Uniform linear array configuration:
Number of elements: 8
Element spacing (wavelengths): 0.75
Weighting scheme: binomial
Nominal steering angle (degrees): -30
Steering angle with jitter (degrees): -30.497
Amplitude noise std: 0.05
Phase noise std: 0.05

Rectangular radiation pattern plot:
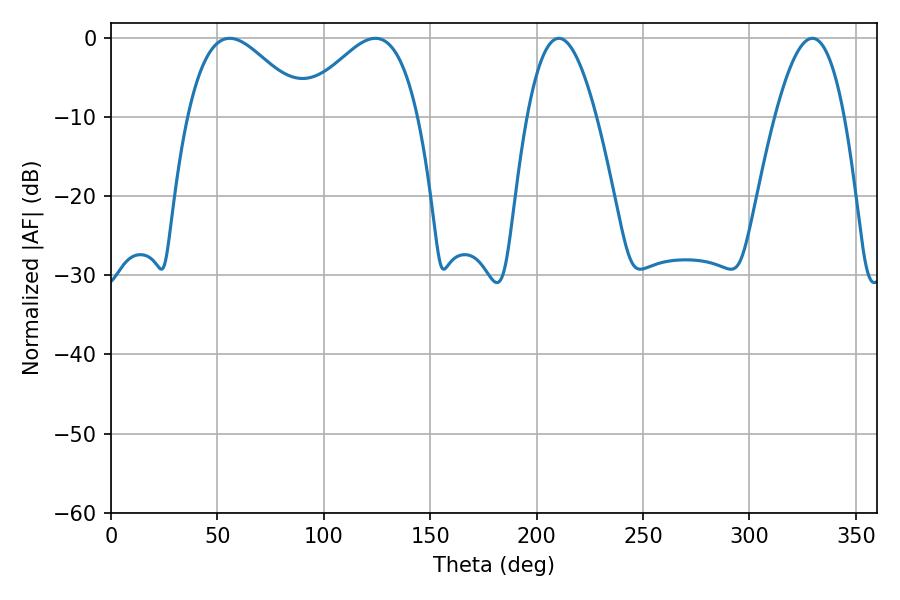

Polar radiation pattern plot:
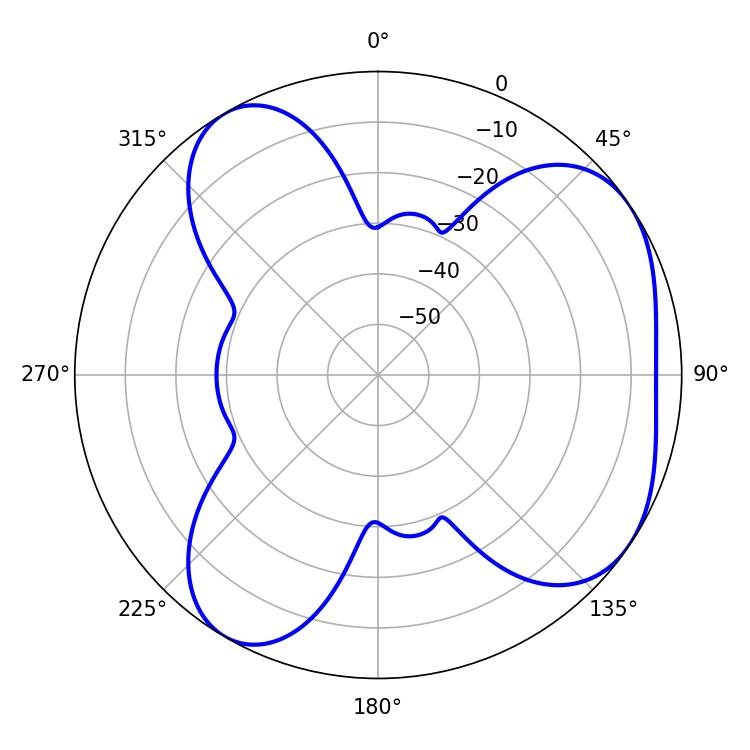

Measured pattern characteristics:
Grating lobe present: TRUE
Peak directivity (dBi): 5.095
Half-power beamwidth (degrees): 17.82
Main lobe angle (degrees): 210.42